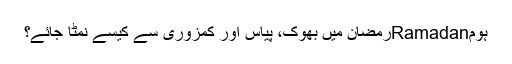
ہومRamadanرمضان میں بھوک، پیاس اور کمزوری سے کیسے نمٹا جائے؟